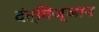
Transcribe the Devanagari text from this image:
दंत्विज्ञान